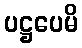
ပဋ္ဌပေမိ